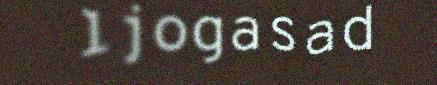
ljogasad